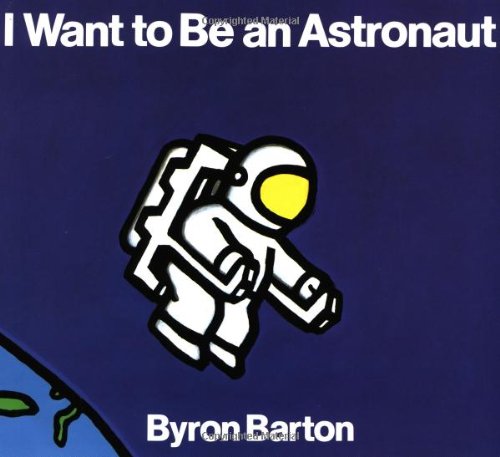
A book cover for I Want to Be an Astronaut; Byron Barton; Children's Books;